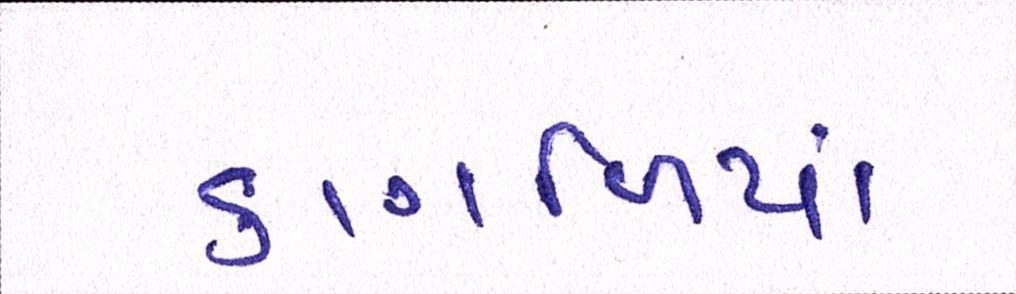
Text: કાગળિયાં